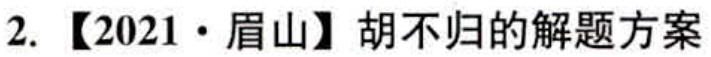
2.【2021·眉山】胡不归的解题方案